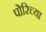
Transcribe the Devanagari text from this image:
पोरिच्या